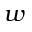
w